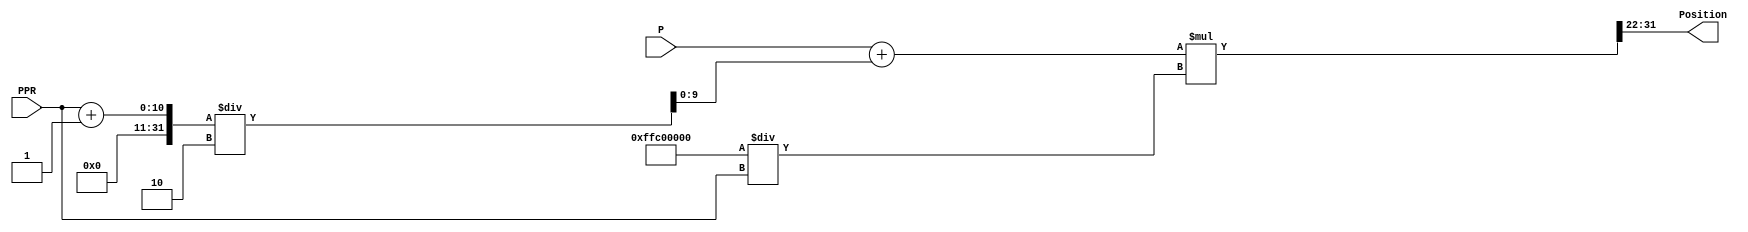



module Converters(input [9:0] PPR,
input signed [9:0] P,
output [9:0] Position

    );
wire  [9:0] PP;
wire [31:0] PPR_C ;   
wire [31:0] PPR_PWM;
wire [31:0] Position_32;

assign PP = P + ((PPR+1)/10'd2);
//assign PPR_C = PPR <<< 10'd22;
assign PPR_PWM =  32'd4290772992/ PPR; // 1023 <<< 22bits  divede the PPR
assign Position_32 = PP * PPR_PWM;  // 
assign Position =  Position_32[31:22]; // get the positopn value of pwm from 32bits position 

    
    
    
endmodule